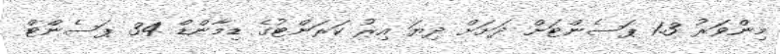
މިންވަރު 1.3 ޕަސެންޓަށް ދަށަށް ދިޔަ އިރު ކަރަންޓުގެ ޑިމާންޑް 34 ޕަސެންޓް